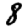
Digit: 8